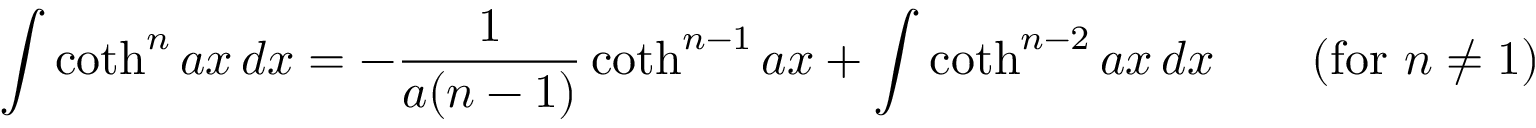
\int \coth ^ { n } a x \, d x = - { \frac { 1 } { a ( n - 1 ) } } \coth ^ { n - 1 } a x + \int \coth ^ { n - 2 } a x \, d x \qquad { \mathrm { ( f o r ~ } } n \neq 1 { \mathrm { ) } }